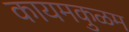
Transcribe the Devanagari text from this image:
कायमकुळम